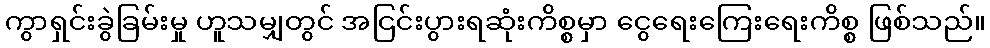
ကွာရှင်းခွဲခြမ်းမှု ဟူသမျှတွင် အငြင်းပွားရဆုံးကိစ္စမှာ ငွေရေးကြေးရေးကိစ္စ ဖြစ်သည်။